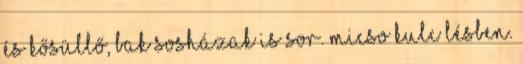
és kősüllő, Bak sosházak is sor. Micso kulc lésben.